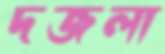
দজলা